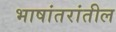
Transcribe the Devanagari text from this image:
भाषांतरांतील